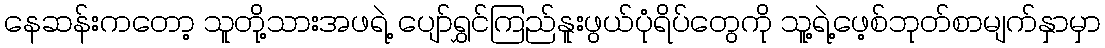
နေဆန်းကတော့ သူတို့သားအဖရဲ့ ပျော်ရွှင်ကြည်နူးဖွယ်ပုံရိပ်တွေကို သူ့ရဲ့ဖေ့စ်ဘုတ်စာမျက်နှာမှာ